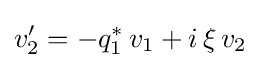
v_{2}'=-q_{1}^{*}\,v_{1}+i\,\xi \,v_{2}